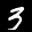
Label: 3